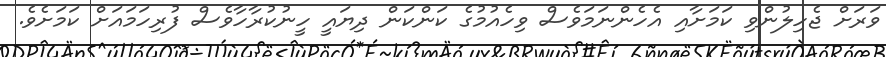
ވަރަށް ޖެހިލުންވި ކަމަށާއި އެހެންނަމަވެސް ވިހެއުމުގެ ކަންކަން ދިޔައީ ހީނުކުރާހާވެސް ފުރިހަމައަށް ކަމަށެވެ.